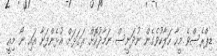
ޑިޕްރެސްވެ މީހާ ހަލާކުވެގެން ނުދަނީސް ނަމާދުކޮށް ރަގަޅަށް އުޅެންފަށާ އައި ނޯ މިއީ